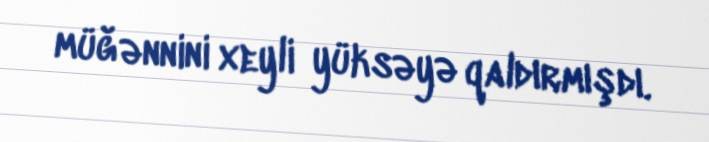
müğənnini xeyli yüksəyə qaldırmışdı.